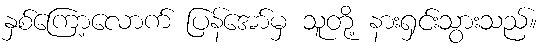
နှစ်ကြော့လောက် ပြန်အော်မှ သူတို့ နားရှင်းသွားသည်။